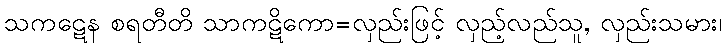
သကဋေန စရတီတိ သာကဋိကော=လှည်းဖြင့် လှည့်လည်သူ, လှည်းသမား၊